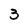
Character: 3